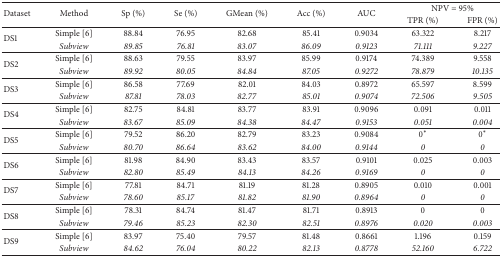
<table><thead><tr><td rowspan="2"><b>Dataset</b></td><td rowspan="2"><b>Method</b></td><td rowspan="2"><b>Sp (%)</b></td><td rowspan="2"><b>Se (%)</b></td><td rowspan="2"><b>GMean (%)</b></td><td rowspan="2"><b>Acc (%)</b></td><td rowspan="2"><b>AUC</b></td><td colspan="2"><b>NPV = 95%</b></td></tr><tr><td><b>TPR (%)</b></td><td><b>FPR (%)</b></td></tr></thead><tbody><tr><td rowspan="2">DS1</td><td>Simple [6]</td><td>88.84</td><td>76.95</td><td>82.68</td><td>85.41</td><td>0.9034</td><td>63.322</td><td>8.217</td></tr><tr><td><i>Subview</i></td><td><i>89.85</i></td><td><i>76.81</i></td><td><i>83.07</i></td><td><i>86.09</i></td><td><i>0.9123</i></td><td><i>71.111</i></td><td><i>9.227</i></td></tr><tr><td rowspan="2">DS2</td><td>Simple [6]</td><td>88.63</td><td>79.55</td><td>83.97</td><td>85.99</td><td>0.9174</td><td>74.389</td><td>9.558</td></tr><tr><td><i>Subview</i></td><td><i>89.92</i></td><td><i>80.05</i></td><td><i>84.84</i></td><td><i>87.05</i></td><td><i>0.9272</i></td><td><i>78.879</i></td><td><i>10.135</i></td></tr><tr><td rowspan="2">DS3</td><td>Simple [6]</td><td>86.58</td><td>77.69</td><td>82.01</td><td>84.03</td><td>0.8972</td><td>65.597</td><td>8.599</td></tr><tr><td><i>Subview</i></td><td><i>87.81</i></td><td><i>78.03</i></td><td><i>82.77</i></td><td><i>85.01</i></td><td><i>0.9074</i></td><td><i>72.506</i></td><td><i>9.505</i></td></tr><tr><td rowspan="2">DS4</td><td>Simple [6]</td><td>82.75</td><td>84.81</td><td>83.77</td><td>83.91</td><td>0.9096</td><td>0.091</td><td>0.011</td></tr><tr><td><i>Subview</i></td><td><i>83.67</i></td><td><i>85.09</i></td><td><i>84.38</i></td><td><i>84.47</i></td><td><i>0.9153</i></td><td><i>0.051</i></td><td><i>0.004</i></td></tr><tr><td rowspan="2">DS5</td><td>Simple [6]</td><td>79.52</td><td>86.20</td><td>82.79</td><td>83.23</td><td>0.9084</td><td>0<sup><i>∗</i></sup></td><td>0<sup><i>∗</i></sup></td></tr><tr><td><i>Subview</i></td><td><i>80.70</i></td><td><i>86.64</i></td><td><i>83.62</i></td><td><i>84.00</i></td><td><i>0.9144</i></td><td><i>0</i></td><td><i>0</i></td></tr><tr><td rowspan="2">DS6</td><td>Simple [6]</td><td>81.98</td><td>84.90</td><td>83.43</td><td>83.57</td><td>0.9101</td><td>0.025</td><td>0.003</td></tr><tr><td><i>Subview</i></td><td><i>82.80</i></td><td><i>85.49</i></td><td><i>84.13</i></td><td><i>84.26</i></td><td><i>0.9169</i></td><td><i>0</i></td><td><i>0</i></td></tr><tr><td rowspan="2">DS7</td><td>Simple [6]</td><td>77.81</td><td>84.71</td><td>81.19</td><td>81.28</td><td>0.8905</td><td>0.010</td><td>0.001</td></tr><tr><td><i>Subview</i></td><td><i>78.60</i></td><td><i>85.17</i></td><td><i>81.82</i></td><td><i>81.90</i></td><td><i>0.8964</i></td><td><i>0</i></td><td><i>0</i></td></tr><tr><td rowspan="2">DS8</td><td>Simple [6]</td><td>78.31</td><td>84.74</td><td>81.47</td><td>81.71</td><td>0.8913</td><td>0</td><td>0</td></tr><tr><td><i>Subview</i></td><td><i>79.46</i></td><td><i>85.23</i></td><td><i>82.30</i></td><td><i>82.51</i></td><td><i>0.8976</i></td><td><i>0.020</i></td><td><i>0.003</i></td></tr><tr><td rowspan="2">DS9</td><td>Simple [6]</td><td>83.97</td><td>75.40</td><td>79.57</td><td>81.48</td><td>0.8661</td><td>1.196</td><td>0.159</td></tr><tr><td><i>Subview</i></td><td><i>84.62</i></td><td><i>76.04</i></td><td><i>80.22</i></td><td><i>82.13</i></td><td><i>0.8778</i></td><td><i>52.160</i></td><td><i>6.722</i></td></tr></tbody></table>